Kassari_(Keina)_vallavalitsus, lk 46
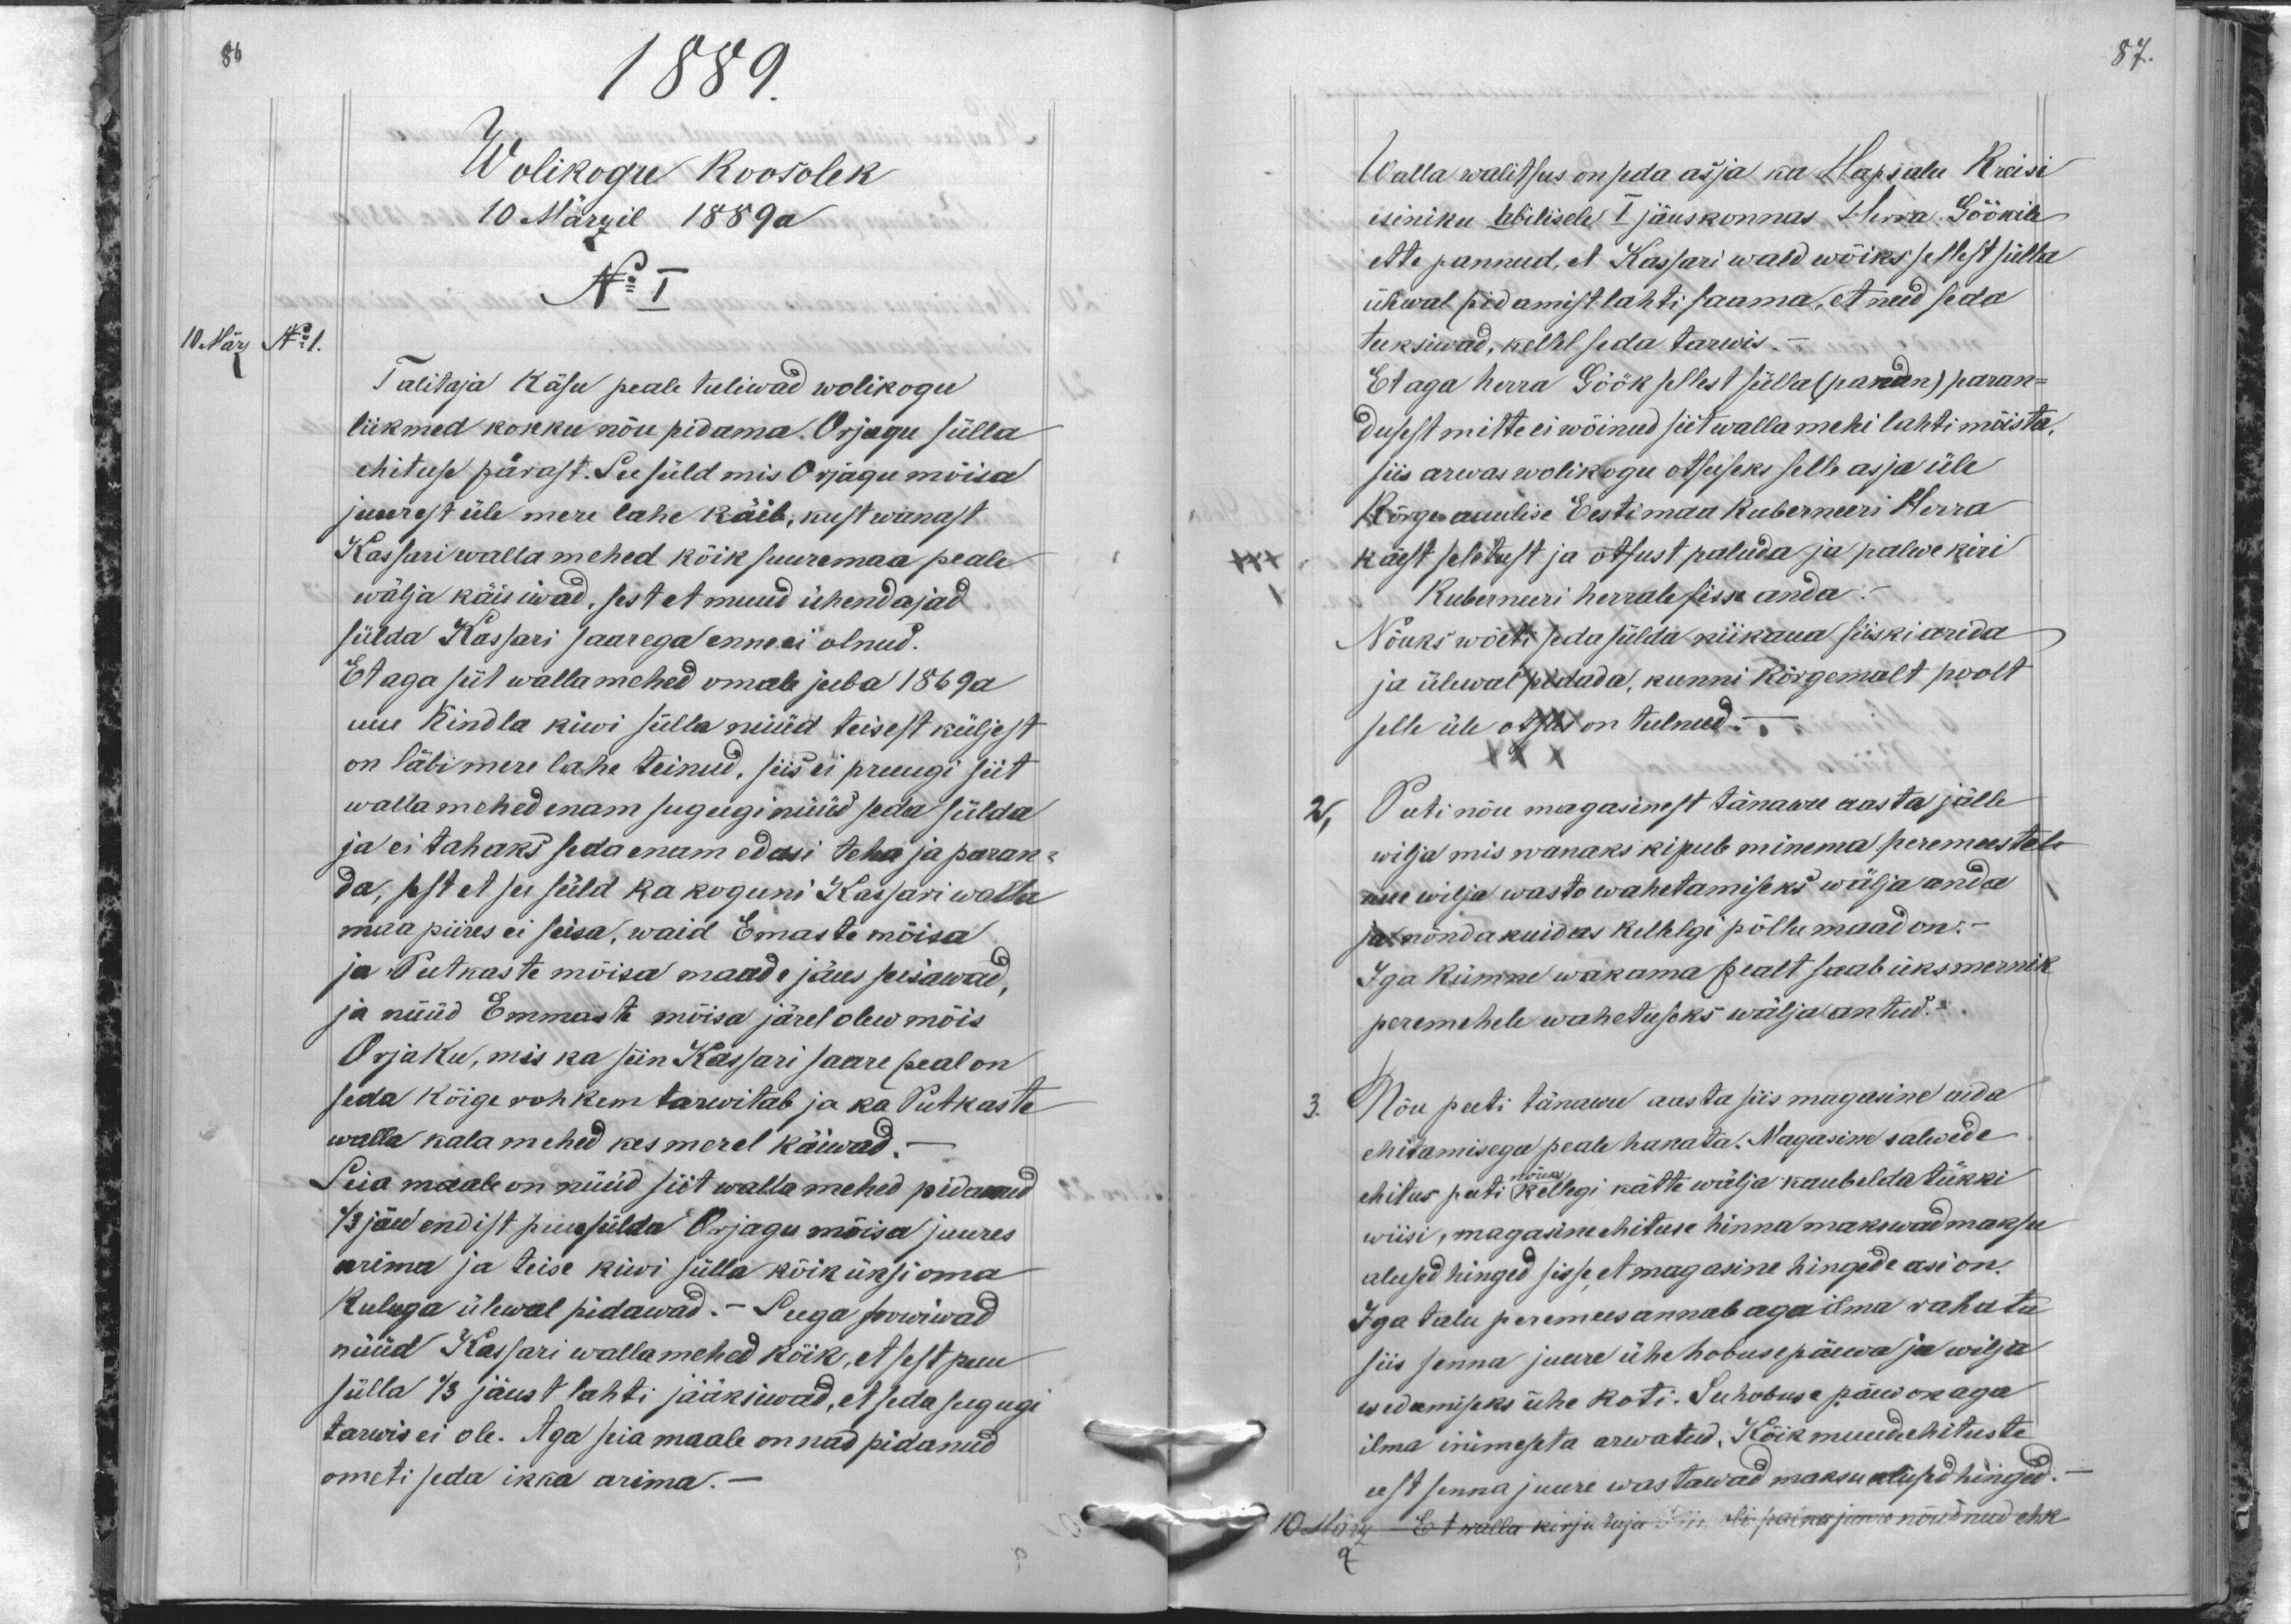
1889.
Wolikogu koosolek
10 Märzil 1889 a
No I
10 März No 1.
Talitaja Käsu peale tuliwad wolikogu
liikmed kokku nõu pidama. Orjagu sülla
ehituse pärast. See süld mis Orjagu mõisa
juurest üle mere lahe käib, kust wanast.
Kassari walla mehed kõik suuremaa peale
wälja käisiwad, sest et muud ühendajad
sülda Kassari saarega enne ei olnud.
Et aga siit wallamehed omale juba 1869 a
uue kindla kiwi sülla nüüd teisest küljest
on läbi mere lahe teinud, siis ei pruugi siit
wallamehed enam sugugi nüüd seda sülda
ja ei tahaks seda enam edasi teha ja paran-
da, sest et se süld ka koguni Kassari walla
maa piires ei seisa, waid Emaste mõisa
ja Putkaste mõisa maade jäus seisawad,
ja nüüd Emmaste mõisa järel olew mõis
Orjaku, mis ka siin Kassari saare peal on
seda kõige rohkem tarwitab ja ka Putkaste
walla kala mehed kes merel käiwad.
Siia maale on nüüd siit walla mehed pidanud
1/3 jõud endist puusülda Orjagu mõisa juures
arima ja teise kiwi sülla kõik üksi oma
kuluga ülewal pidawad.- Seega soowiwad
nüüd Kassari wallamehed kõik, et sest puu
sülla 1/3 jäust lahti jääksiwad, et seda sugugi
tarwis ei ole. Aga seia maale on nad pidanud
ometi seda ikka arima.

87.
Walla walitsus on seda asja ka Hapsalu Kreisi
esiniku abilisele I jäuskonnas Herra Göökile
ette pannud, et Kassari wald wõiks sellest sülla
ülewal pidamist lahti saama, et need seda
teeksiwad, kellel seda tarwis -
Et aga herra Göök sellest sülla (paran) paran-
dusest mitte ei wõinud siit walla mehi lahti mõista.
siis arwas wolikogu otsuseks selle asja üle
Kõrge auulise Eestimaa Kuberneeri Herra
käest seletust ja otsust paluda ja palwekiri
Kuberneeri herrale sisse anda
Nõuks wõeti seda sülda niikaua siiski arida
ja ülewal pidada, kunni kõrgemalt poolt
selle üle otsus on tulnud-.
2,
Peeti nõu magasinest tänawu aasta jälle
wilja mis wanaks kipub minema peremeestele
uue wilja wasto wahetamiseks wälja anda
ja nõnda kuidas kellelgi põllumaad on.-
Iga kümne wakama pealt saab üks mernik
peremehele wahetuseks wälja antud.
3.
Nõu peeti tänawu aasta siis magasine aida
ehitamisega peale hakata. Magasine salwede
ehitus peeti nõuks kellegi kätte wälja kaubelda tükki
wiisi, magasine ehituse hinna makswad maksu
alused hinged sisse, et magasine hingede asi on.
Iga talu peremees annab aga ilma rahata
siis senna juure ühe hobusepäewa ja wilja
wedamiseks ühe koti. See hobuse päew on aga
ilma inimeseta arwatud. Kõik muude ehituste
eest senna juure wastawad maksu alused hinged
10 März - Et walla kirjutaja Piir oli palka juure nõudnud ehk